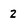
Character: Z